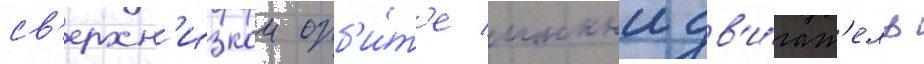
св'ерхн'изкои орб'и́т'е ионныи дв'и́гат'ель